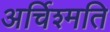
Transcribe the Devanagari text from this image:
अर्चिश्मति